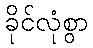
ခိုင်လုံစွာ